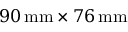
9 0 \, \mathrm { m m } \times 7 6 \, \mathrm { m m }